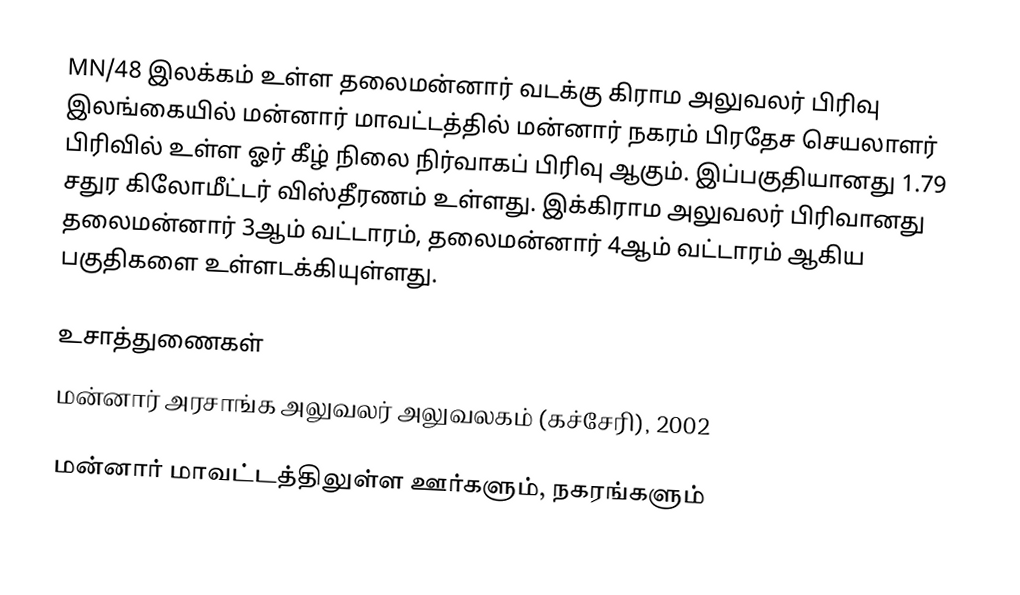
MN/48 இலக்கம் உள்ள தலைமன்னார் வடக்கு கிராம அலுவலர் பிரிவு இலங்கையில் மன்னார் மாவட்டத்தில் மன்னார் நகரம் பிரதேச செயலாளர் பிரிவில் உள்ள ஓர் கீழ் நிலை நிர்வாகப் பிரிவு ஆகும். இப்பகுதியானது 1.79 சதுர கிலோமீட்டர் விஸ்தீரணம் உள்ளது. இக்கிராம அலுவலர் பிரிவானது தலைமன்னார் 3ஆம் வட்டாரம், தலைமன்னார் 4ஆம் வட்டாரம் ஆகிய பகுதிகளை உள்ளடக்கியுள்ளது.

உசாத்துணைகள்
மன்னார் அரசாங்க அலுவலர் அலுவலகம் (கச்சேரி), 2002

மன்னார் மாவட்டத்திலுள்ள ஊர்களும், நகரங்களும்